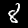
Digit: 8